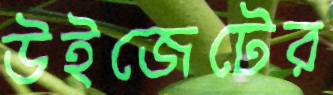
উইজেটের